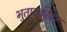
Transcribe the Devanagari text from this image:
भुताटकीवर